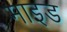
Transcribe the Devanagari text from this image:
माइड